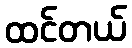
ထင်တယ်